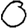
Digit: 0